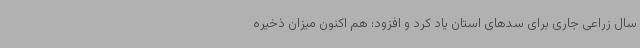
سال زراعی جاری برای سدهای استان یاد کرد و افزود: هم اکنون میزان ذخیره